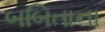
બબિતાના